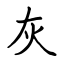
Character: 灰